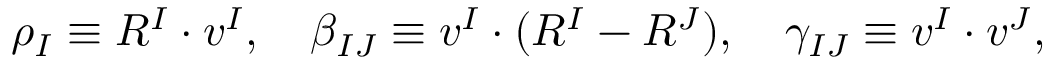
\rho _ { I } \equiv R ^ { I } \cdot v ^ { I } , \quad \beta _ { I J } \equiv v ^ { I } \cdot ( R ^ { I } - R ^ { J } ) , \quad \gamma _ { I J } \equiv v ^ { I } \cdot v ^ { J } ,